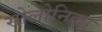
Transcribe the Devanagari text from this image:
सोलोनिका